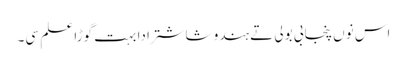
اس نوں پنجابی بولی تے ہندو شاشترا دا بہت گوڑا علم سی۔